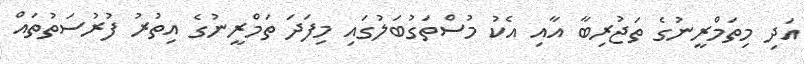
އަދި މިތަމްރީނުގެ ތަޖުރިބާ އާއި އެކު މުސްތަގުބަލުގައި މިފަދަ ތަމްރީނުގެ އިތުރު ފުރުސަތުތައް